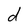
Character: d